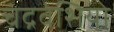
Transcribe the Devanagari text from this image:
चंद्रवंशियो